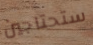
ستحتاجين